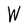
Character: W